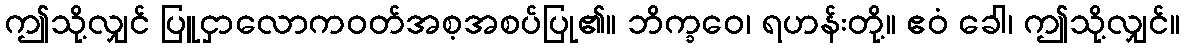
ဤသို့လျှင် ပြူငှာလောကဝတ်အစ့အစပ်ပြု၏။ ဘိက္ခဝေ၊ ရဟန်းတို့။ ဧဝံ ခေါ၊ ဤသို့လျှင်။